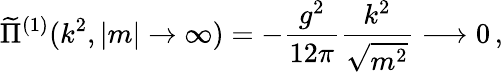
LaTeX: \widetilde{\Pi}^{(1)}(k^{2},|m|\rightarrow\infty)=-\frac{g^{2}}{12\pi}\frac{k^{2}}{\sqrt{m^{2}}}\longrightarrow 0\, ,